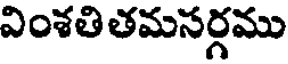
వింశతి తమసర్గము